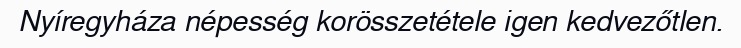
Nyíregyháza népesség korösszetétele igen kedvezőtlen.